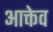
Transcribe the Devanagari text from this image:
आक्तेव